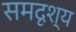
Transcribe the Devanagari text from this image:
समदृश्य